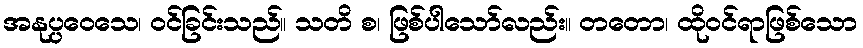
အနုပ္ပဝေသေ၊ ဝင်ခြင်းသည်။ သတိ စ၊ ဖြစ်ပါသော်လည်း။ တတော၊ ထိုဝင်ရာဖြစ်သော